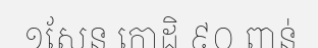
១សែន កោដិ ៩០ ពាន់